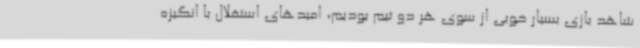
شاهد بازی بسیار خوبی از سوی هر دو تیم بودیم، امیدهای استقلال با انگیزه